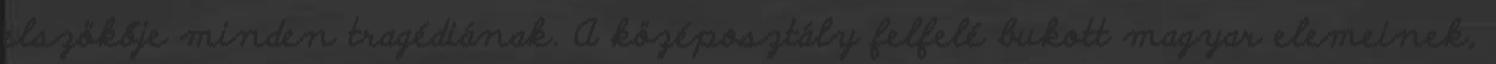
elszökője minden tragédiának. A középosztály felfelé bukott magyar elemeinek,